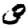
Digit: 3